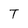
Character: T